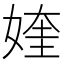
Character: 㛻